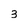
Character: 3